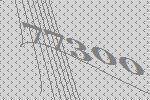
77300